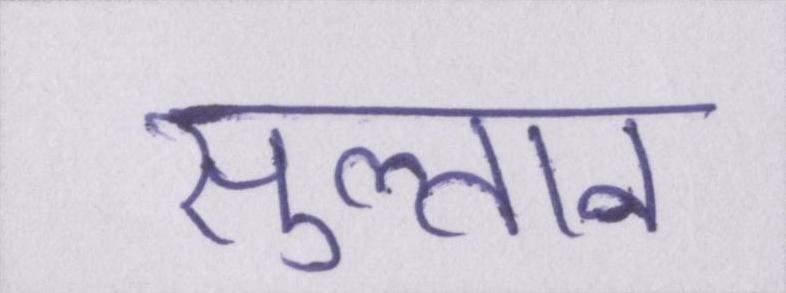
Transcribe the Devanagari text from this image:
सुल्तान